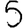
Digit: 5